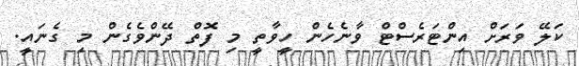
ކަލޭ ވަރަށް އިންޓަރެސްޓް ވާނެހެން ހީވާތީ މި ފޮތް ދޭންވެގެން މި ގެނައީ.